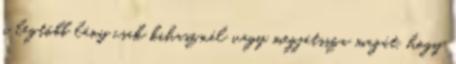
a legtöbb lány csak kihasznál vagy megjátssza magát, hogy